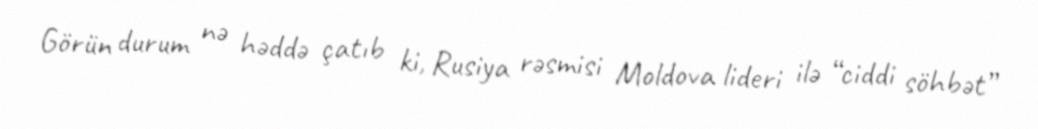
Görün durum nə həddə çatıb ki, Rusiya rəsmisi Moldova lideri ilə “ciddi söhbət”